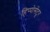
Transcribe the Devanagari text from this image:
हिप्पोसेंटूर